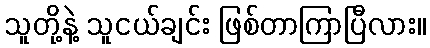
သူတို့နဲ့ သူငယ်ချင်း ဖြစ်တာကြာပြီလား။